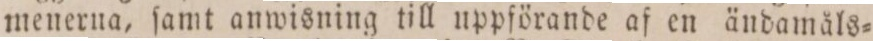
menerna, ſamt anwisning till uppförande af en ändamåls=